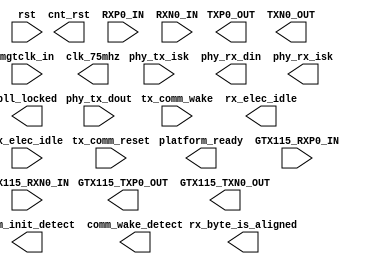
module sata_platform (
  input                 rst,

  input                 tx_comm_reset,
  input                 tx_comm_wake,
  output                comm_init_detect,
  output                comm_wake_detect,
  output                rx_elec_idle,
  input                 tx_elec_idle,
  output                rx_byte_is_aligned,


  input         [31:0]  phy_tx_dout,
  input                 phy_tx_isk,
  output        [31:0]  phy_rx_din,
  output        [3:0]   phy_rx_isk,

  //Clock Interface
  input                 mgtclk_in,
  output           reg  cnt_rst,
  output                pll_locked,
  output                clk_75mhz,


  output                platform_ready,

  output                TXP0_OUT,
  output                TXN0_OUT,

  input                 RXP0_IN,
  input                 RXN0_IN,

  output                GTX115_TXP0_OUT,
  output                GTX115_TXN0_OUT,

  input                 GTX115_RXP0_IN,
  input                 GTX115_RXN0_IN
);

//Parameters
//Registers/Wires
//Submodules
//Asynchronous Logic
//Synchronous Logic
endmodule